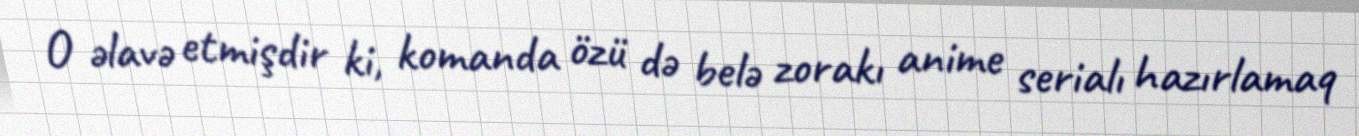
O əlavə etmişdir ki, komanda özü də belə zorakı anime serialı hazırlamaq